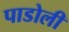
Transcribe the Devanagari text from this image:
पाडोली